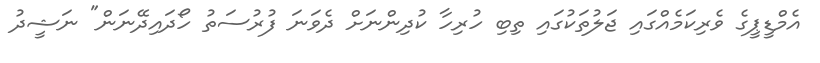
އެމްޑީޕީގެ ވެރިކަމެއްގައި ޖަލުތަކުގައި ތިބި ހުރިހާ ކުދިންނަށް ދެވަނަ ފުރުސަތު ހޯދައިދޭނަން" ނަޝީދު